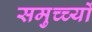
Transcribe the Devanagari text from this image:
समुच्च्यों